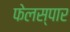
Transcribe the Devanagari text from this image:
फेलस्पार